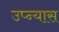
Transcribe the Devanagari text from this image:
उप्न्यास